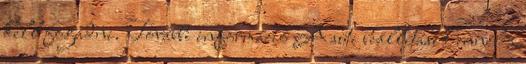
kell fogadni. További információ A süti beállítások ennél a